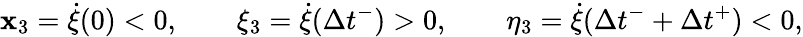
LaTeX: \mathbf{x}_{3}=\dot{{\xi}}(0)<0,\qquad\xi_{3}=\dot{{\xi}}(\Delta{t}^{-})>0,\qquad\eta_{3}=\dot{{\xi}}(\Delta{t}^{-}+\Delta{t}^{+})<0,